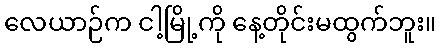
လေယာဉ်က ငါ့မြို့ကို နေ့တိုင်းမထွက်ဘူး။